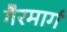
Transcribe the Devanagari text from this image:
गैरमार्ग